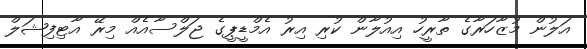
އަލުން މުޒާހަރާގެ ތާރީހު އިއުލާން ކުރި އިރު އެމްޑީޕީގެ ޖަލްސާއެއް މިރޭ އާޓިފިޝަލް